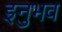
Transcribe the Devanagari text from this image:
इनुभव